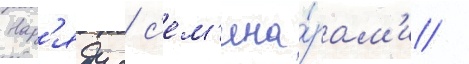
Нар'яду с с'ем'ина́рам'и /